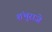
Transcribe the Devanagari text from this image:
शंभुराजे